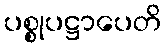
ပစ္စုပဋ္ဌာပေတိ